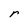
Character: r